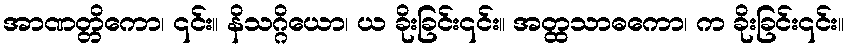
အာဏတ္တိကော၊ ၎င်း။ နိသဂ္ဂိယော၊ ယ ခိုးခြင်း၎င်း။ အတ္ထသာဓကော၊ က ခိုးခြင်း၎င်း။